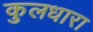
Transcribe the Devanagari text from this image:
कुलधारा